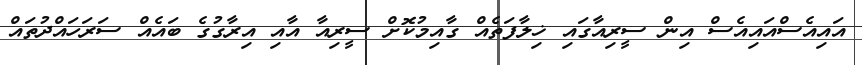
އައިއެސްއައިއެސް އިން ސީރިއާގައި ޚިލާފަތެއް ގާއިމުކޮށް ސީރިއާ އާއި އިރާގުގެ ބައެއް ސަރަހައްދުތައް